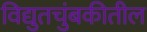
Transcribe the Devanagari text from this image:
विद्युतचुंबकीतील